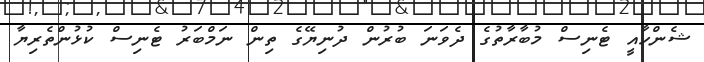
ޝެންހާއީ ޓެނިސް މުބާރާތުގެ ދެވަނަ ބުރުން ދުނިޔޭގެ ތިން ނަމްބަރު ޓެނިސް ކުޅުންތެރިޔާ